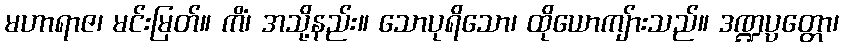
မဟာရာဇ၊ မင်းမြတ်။ ကိံ၊ အသို့နည်း။ သောပုရိသော၊ ထိုယောကျ်ားသည်။ ဒဏ္ဍပ္ပတ္တော၊